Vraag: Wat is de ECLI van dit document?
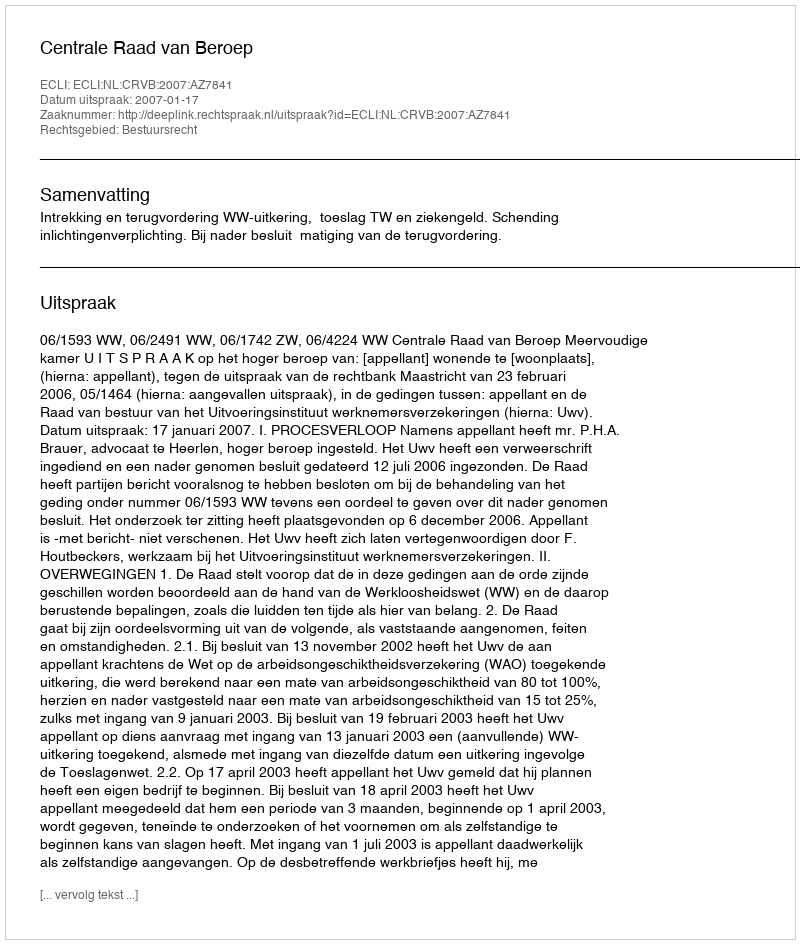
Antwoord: ECLI:NL:CRVB:2007:AZ7841